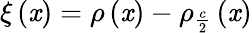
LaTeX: \xi\left(\mathit{x}\right)=\rho\left(\mathit{x}\right)-\rho_{\frac{{c}}{{2}}}\left(\mathit{x}\right)